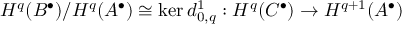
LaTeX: H ^ { q } ( B ^ { \bullet } ) / H ^ { q } ( A ^ { \bullet } ) \cong \ker d _ { 0 , q } ^ { 1 } : H ^ { q } ( C ^ { \bullet } ) \rightarrow H ^ { q + 1 } ( A ^ { \bullet } )